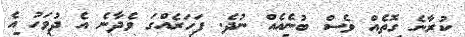
ކުރާނެ ގޮތެއް ވެސް ބުނެއެއް ނުދެ. ފަހަރެއްގަ ވެދާނެ އެ ދުވަހު އެ